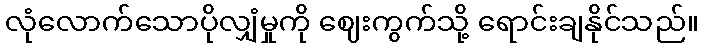
လုံလောက်သောပိုလျှံမှုကို ဈေးကွက်သို့ ရောင်းချနိုင်သည်။